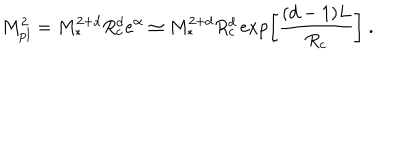
M _ { \mathrm { p l } } ^ { 2 } = M _ { * } ^ { 2 + d } R _ { c } ^ { d } e ^ { \alpha } \simeq M _ { * } ^ { 2 + d } R _ { c } ^ { d } \exp \left[ \frac { ( d - 1 ) L } { R _ { c } } \right] \ .